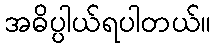
အဓိပ္ပါယ်ရပါတယ်။